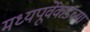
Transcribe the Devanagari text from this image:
मध्यपूर्वेकडच्या